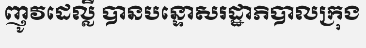
ញូវដេល្លី បានបន្ទោសរដ្ឋាភិបាលក្រុង